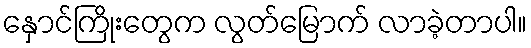
နှောင်ကြိုးတွေက လွတ်မြောက် လာခဲ့တာပါ။